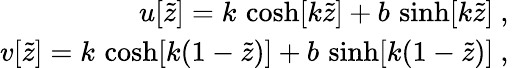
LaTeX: \begin{array}{r}{u[\widetilde{z}]=k\, \cosh[k\widetilde{z}]+b\, \sinh[k\widetilde{z}]\ ,\ }\\ {v[\widetilde{z}]=k\, \cosh[k(1-\widetilde{z})]+b\, \sinh[k(1-\widetilde{z})]\ ,\ }\end{array}